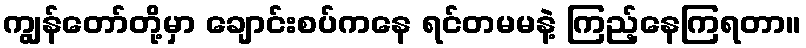
ကျွန်တော်တို့မှာ ချောင်းစပ်ကနေ ရင်တမမနဲ့ ကြည့်နေကြရတာ။